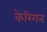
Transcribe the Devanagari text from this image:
केरिगन